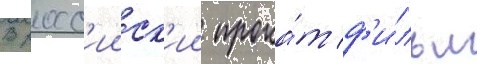
В росс'ииск'ии прока́т ф'и́льм